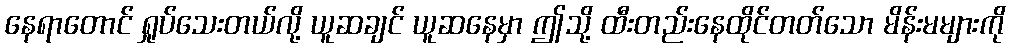
နေရာတောင် ရှုပ်သေးတယ်လို့ ယူဆချင် ယူဆနေမှာ ဤသို့ ထီးတည်းနေထိုင်တတ်သော မိန်းမများကို